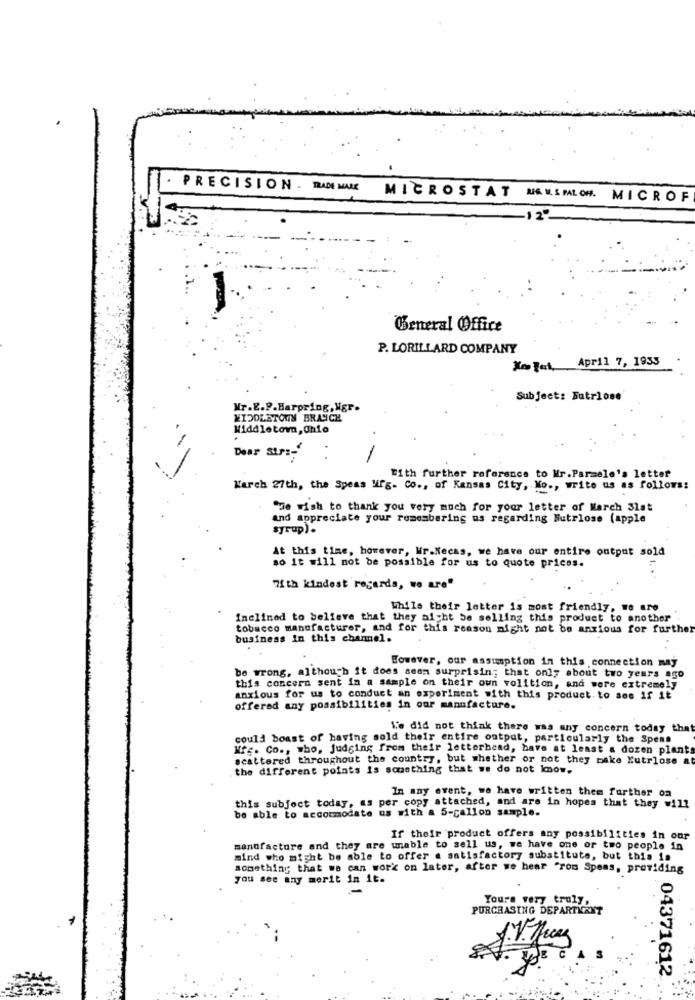
PRECISION . TRADE MARK
MICROSTAT MAMSPAL OM.
MICROF
2".
General Office
P. LORILLARD COMPANY
Xo Fel. April 7, 1933
Subject: Futrlose
Mr.E.P.Harpring,Mgr.
MIDDLETOWN BRANCH
Middletown, Ohio
Dear Str :- "
With further reference to Mr.Parmele's letter
Karch 27th, the Spens Mrg. Co ., of Kansas City, Mo ., write us as follows:
"de wish to thank you very much for your letter of March 31st
and appreciate your remembering us regarding Nutrlose (apple
syrup).
At this time, however, Wr.Necas, we have our entire output sold
so it will not be possible for us to quote prices.
71th kindest regards, we are"
While their letter is most friendly, we are
Inclined to believe that they aicht be selling this product to another
tobacco manufacturer, and for this reason might not be anxious for further
business in this channel.
However, our assumption in this connection may
be wrong, although it does seem surprisin; that only about two years ago
this concern sent in a sample on their own volition, and wore extremely
anxious for us to conduct an experiment with this product.to see if it
offered any possibilities in our manufacture.
We did not think there was any concern today that
could boast of having sold their entire output, particularly the Spens
Mfg. Co ., who, judging from their letterhead, have at least a dozen plants
scattered throughout the country, but whether or not they bake Kutrlose a
the different points is sousthing that we do not know.
In any event, we have written them further on
this subject today, as per copy attached, and are in hopes that they will
be able to accommodate us with a 5-gallon sample.
If their product offers any possibilities in our
manufacture and they are unable to sell us, we have one or two people in
mind who might be able to offer a satisfactory substitute, but this is
something that we can work on later, after we hear from Spens, providing
you see any merit in it.
Yours very truly,
PURCHASING DEPARTMENT
04371612